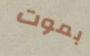
بموت